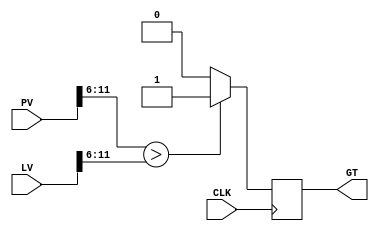
//--------------------------------------------------------------------------------
// Module Name: voltage_comparator - Behavioral
// Project Name: 
// Target Devices: 
// Description: takes in two values of the same bit size and sends the greater
//              value to the register. This two value are from the register
//              and the ADC. If the value form the ADC is greater than the
//              value in the register, the comparator outputs a high signal
//              which causes the register to store the value that was in the
//              ADC. In this way is found the max voltage while sweeping
// 
// Dependencies: 
// 
// Additional Comments:
// 
//--------------------------------------------------------------------------------

module voltage_comparator(
   input wire CLK,
   input wire [11:0] PV, // pending value (ADC)
   input wire [11:0] LV, // last value (register)
   output reg GT // greater flag
);

always @(posedge CLK) begin
   if(PV[11:6] > LV[11:6]) begin // [9:4] last bits are not relevant in the comparison
      GT <= 1'b1;
   end
   else begin
      GT <= 1'b0;
   end
end


endmodule